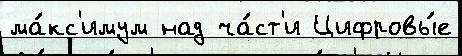
ма́кс'имум над ча́ст'и Цифровы́е